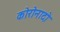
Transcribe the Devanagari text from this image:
कोरोनादो